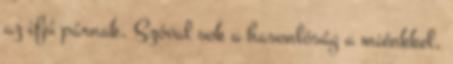
az ifjú párnak. Szóval sok a hasonlóság a miénkkel,